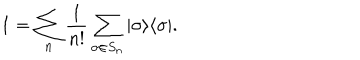
1 = \sum _ { n } \frac { 1 } { n ! } \sum _ { \sigma \in S _ { n } } | \sigma \rangle \langle \sigma | .